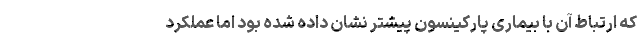
که ارتباط آن با بیماری پارکینسون پیشتر نشان داده شده بود اما عملکرد